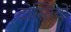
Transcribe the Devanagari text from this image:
दोस्तियों